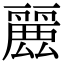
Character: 𮭶